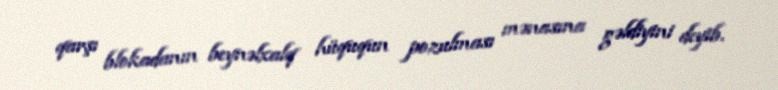
qarşı blokadanın beynəlxalq hüququn pozulması mənasına gəldiyini deyib.